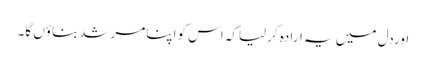
اوردل میں یہ ارادہ کرلیاکہ اس کواپنامرشدبناؤں گا۔